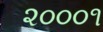
૨૦૦૦૧